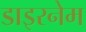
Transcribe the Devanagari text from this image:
डाइरनेम